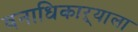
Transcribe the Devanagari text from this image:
वनाधिकाऱ्याला